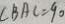
C B A C = 9 0